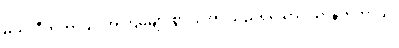
ဗဟုလီကတာယ၊ အကြိမ်များစွာပြုအပ်သည်ရှိသော်။ ယာနိကတာယ၊